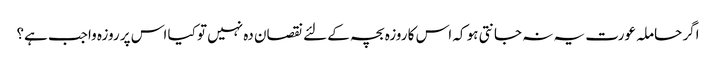
اگر حاملہ عورت یہ نہ جانتی ہو کہ اس کا روزہ بچہ کے لئے نقصان دہ نہیں تو کیا اس پر روزہ واجب ہے؟